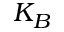
K _ { B }